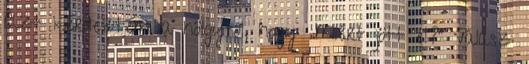
Azt kérdeztem a hölgytől, hogy: „Miért jött el?” Válasz: